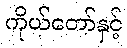
ကိုယ်တော်နှင့်